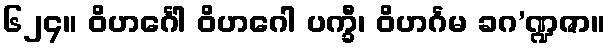
၆၂၄။ ဝိဟင်္ဂေါ ဝိဟဂေါ ပက္ခီ၊ ဝိဟင်္ဂမ ခဂ’ဏ္ဍဇာ။